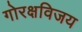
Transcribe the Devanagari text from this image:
गोरक्षविजय